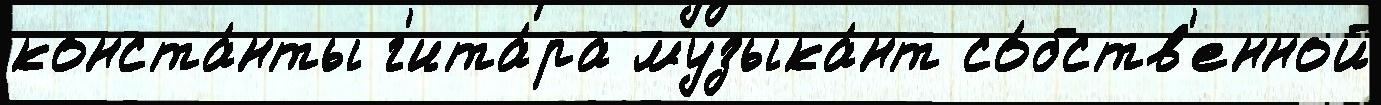
конста́нты г'ита́ра музыка́нт со́бств'енной